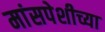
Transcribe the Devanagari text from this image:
मांसपेशीच्या